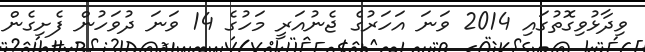
ވިދާޅުވިގޮތުގައި 2014 ވަނަ އަހަރުގެ ޖެނުއަރީ މަހުގެ 14 ވަނަ ދުވަހުން ފެށިގެން